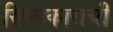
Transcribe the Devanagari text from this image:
सिल्पकाराची